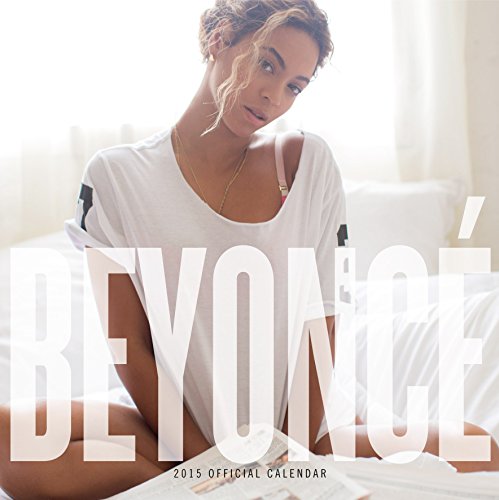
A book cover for Official Beyonce Calendar 2015; Calendars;